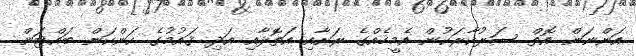
އަންނަން އޮތް ސަރުކާރަކުން އެމީހެއްގެ ރަށާއި އަތޮޅާއި އަދި ޤައުމުގެ ކަންކަން ބައްޓަން